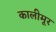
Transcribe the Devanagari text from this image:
कालीमूर